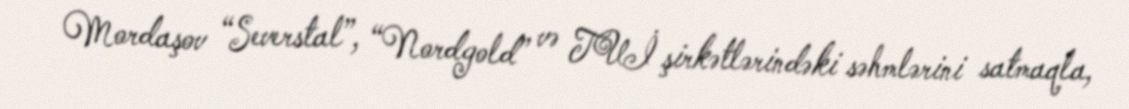
Mordaşov “Severstal”, “Nordgold” və TUİ şirkətlərindəki səhmlərini satmaqla,